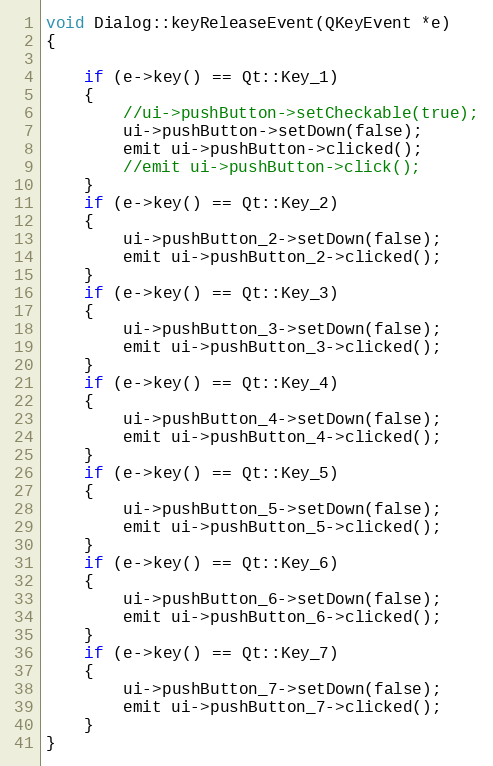
Language: C++
void Dialog::keyReleaseEvent(QKeyEvent *e)
{

    if (e->key() == Qt::Key_1)
    {
        //ui->pushButton->setCheckable(true);
        ui->pushButton->setDown(false);
        emit ui->pushButton->clicked();
        //emit ui->pushButton->click();
    }
    if (e->key() == Qt::Key_2)
    {
        ui->pushButton_2->setDown(false);
        emit ui->pushButton_2->clicked();
    }
    if (e->key() == Qt::Key_3)
    {
        ui->pushButton_3->setDown(false);
        emit ui->pushButton_3->clicked();
    }
    if (e->key() == Qt::Key_4)
    {
        ui->pushButton_4->setDown(false);
        emit ui->pushButton_4->clicked();
    }
    if (e->key() == Qt::Key_5)
    {
        ui->pushButton_5->setDown(false);
        emit ui->pushButton_5->clicked();
    }
    if (e->key() == Qt::Key_6)
    {
        ui->pushButton_6->setDown(false);
        emit ui->pushButton_6->clicked();
    }
    if (e->key() == Qt::Key_7)
    {
        ui->pushButton_7->setDown(false);
        emit ui->pushButton_7->clicked();
    }
}